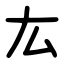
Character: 厷